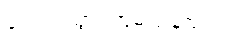
ရောက်သွားကြမည်နည်း။